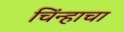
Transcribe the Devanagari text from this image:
चिंन्हाचा